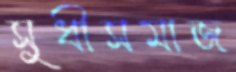
সুধীসমাজ